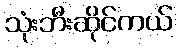
သုံးဘီးဆိုင်ကယ်